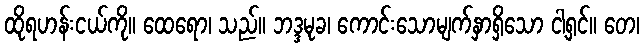
ထိုရဟန်းငယ်ကို။ ထေရော၊ သည်။ ဘဒ္ဒမုခ၊ ကောင်းသောမျက်နှာရှိသော ငါ့ရှင်။ တေ၊